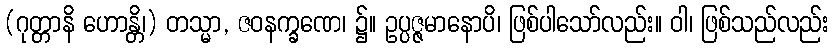
(ဂုတ္တာနိ ဟောန္တိ၊) တသ္မာ, ဇဝနက္ခဏေ၊ ၌။ ဥပ္ပဇ္ဇမာနောပိ၊ ဖြစ်ပါသော်လည်း။ ဝါ၊ ဖြစ်သည်လည်း